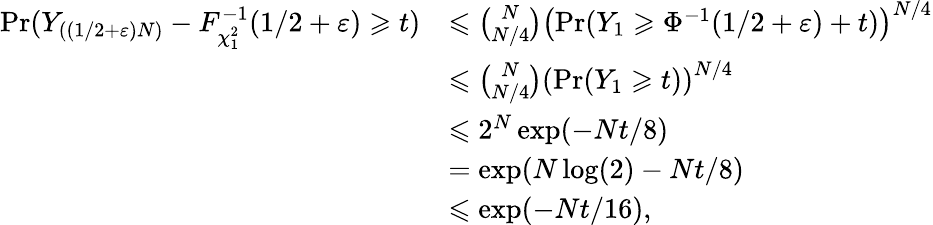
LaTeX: \begin{array}{rl}{\operatorname*{Pr}(Y_{((1/2+\varepsilon)N)}-F_{\chi_{1}^{2}}^{-1}(1/2+\varepsilon)\geqslant t)}&{\leqslant\binom{N}{N/4}\left(\operatorname*{Pr}(Y_{1}\geqslant\Phi^{-1}(1/2+\varepsilon)+t)\right)^{N/4}}\\ &{\leqslant\binom{N}{N/4}\left(\operatorname*{Pr}(Y_{1}\geqslant t)\right)^{N/4}}\\ &{\leqslant 2^{N}\exp(-Nt/8)}\\ &{=\exp(N\log(2)-Nt/8)}\\ &{\leqslant\exp(-Nt/16),}\end{array}